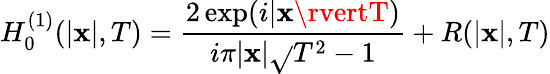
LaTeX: H_{0}^{(1)}(\lvert\mathbf{x}\rvert,T)=\frac{{2\exp(i\lvert\mathbf{x}\rvertT)}}{{i\pi\lvert\mathbf{x}\rvert\sqrt{}{{T^{2}-1}}}}+R(\lvert\mathbf{x}\rvert,T)